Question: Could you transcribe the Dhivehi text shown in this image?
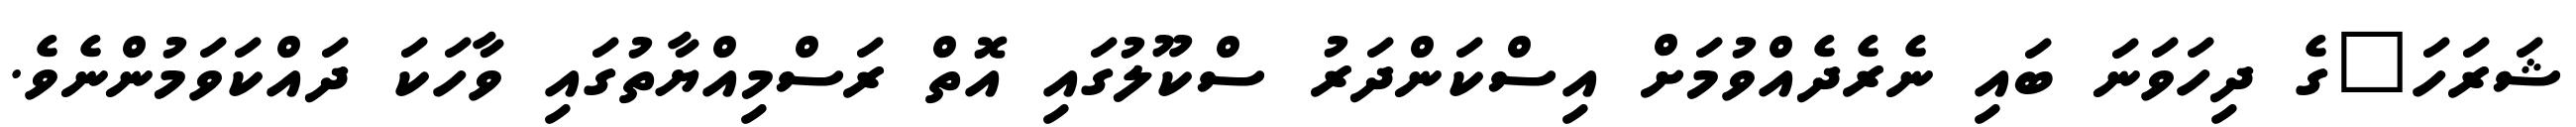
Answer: ޝަރަހަ"ގެ ދިހަވަނަ ބައި ނެރެދެއްވުމަށް އިސްކަންދަރު ސްކޫލުގައި އޮތް ރަސްމިއްޔާތުގައި ވާހަކަ ދައްކަވަމުންނެވެ.